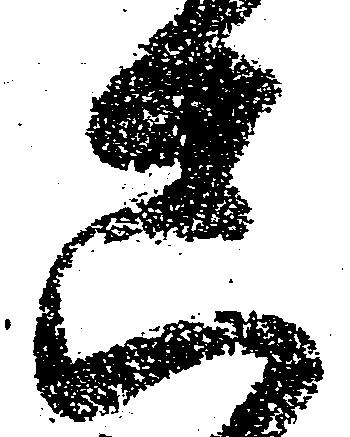
只